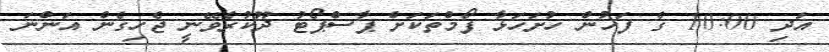
އަދި 10:00 ގެ ފަހުން ހުށަހަޅާ ފޯމްތަކަށް ޕާސްޕޯޓު ދޫކުރެވޭނީ ޖެހިގެން އަންނަ